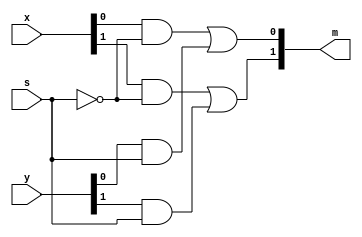
`timescale 1ns / 1ps
//////////////////////////////////////////////////////////////////////////////////
// Student: Tawseef Patel 101145333 & Saad Babur 101123210
// 
// Design Name: lab1_2.v 
// Module Name: lab1_2
// Project Name: Lab 1_2
//////////////////////////////////////////////////////////////////////////////////


module lab1_2(
    input [1:0] x,
    input [1:0] y,
    input s,
    output [1:0] m
    );
    
    not var1(not_s, s);
    and var2(x_not_s_0, x[0], not_s);
    and var3(y_s_0, y[0], s);
    
    and var4(x_not_s_1, x[1], not_s);
    and var5(y_s_1, y[1], s);
    or(m[0], x_not_s_0, y_s_0);
    or(m[1], x_not_s_1, y_s_1);    
endmodule